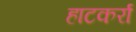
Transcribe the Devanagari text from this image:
हाटकर्रा